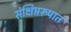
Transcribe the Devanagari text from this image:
संक्षिप्तरूपात